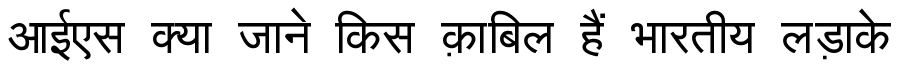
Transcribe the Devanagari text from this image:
आईएस क्या जाने किस क़ाबिल हैं भारतीय लड़ाके